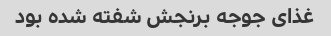
غذای جوجه برنجش شفته شده بود